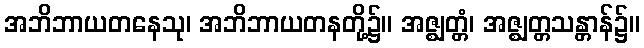
အဘိဘာယတနေသု၊ အဘိဘာယတနတို့၌။ အဇ္ဈတ္တံ၊ အဇ္ဈတ္တသန္တာန်၌။